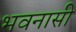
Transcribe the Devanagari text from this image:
भवनासी